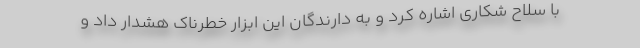
با سلاح شکاری اشاره کرد و به دارندگان این ابزار خطرناک هشدار داد و